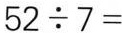
$$52\div7=$$